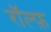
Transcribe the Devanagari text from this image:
रॉल्फ़